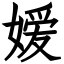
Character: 嫒